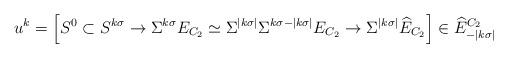
LaTeX: \begin{align*}u^k = \left[ S^0 \subset S^{k\sigma} \to \Sigma^{k\sigma}E_{C_2} \simeq \Sigma^{|k\sigma|} \Sigma^{k\sigma - |k\sigma|} E_{C_2} \to \Sigma^{|k\sigma|} \widehat{E}_{C_2} \right] \in \widehat{E}^{C_2}_{-|k\sigma|}\end{align*}